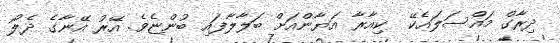
ދިރާގް މައްސަލައެކޭ  ކިއާރާ އަޔާންއަށް ބަލާލާފައި ބުންޏެވެ. އޭރު އޭނާގެ ދެލޯ